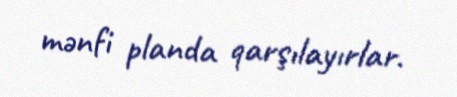
mənfi planda qarşılayırlar.